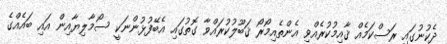
ދެކުނުގައި ރަސްކަމެއް ޤާއިމުކުރެއްވި އެންތެއިމޯރޯ ޤަބޫލުކުރައްވާ ގޮތުގައި އެބޭފުޅުންނަކީ ސޯމާލިޔާއިން އައި ބައެއްގެ